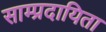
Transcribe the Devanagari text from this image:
साम्प्रदायिता